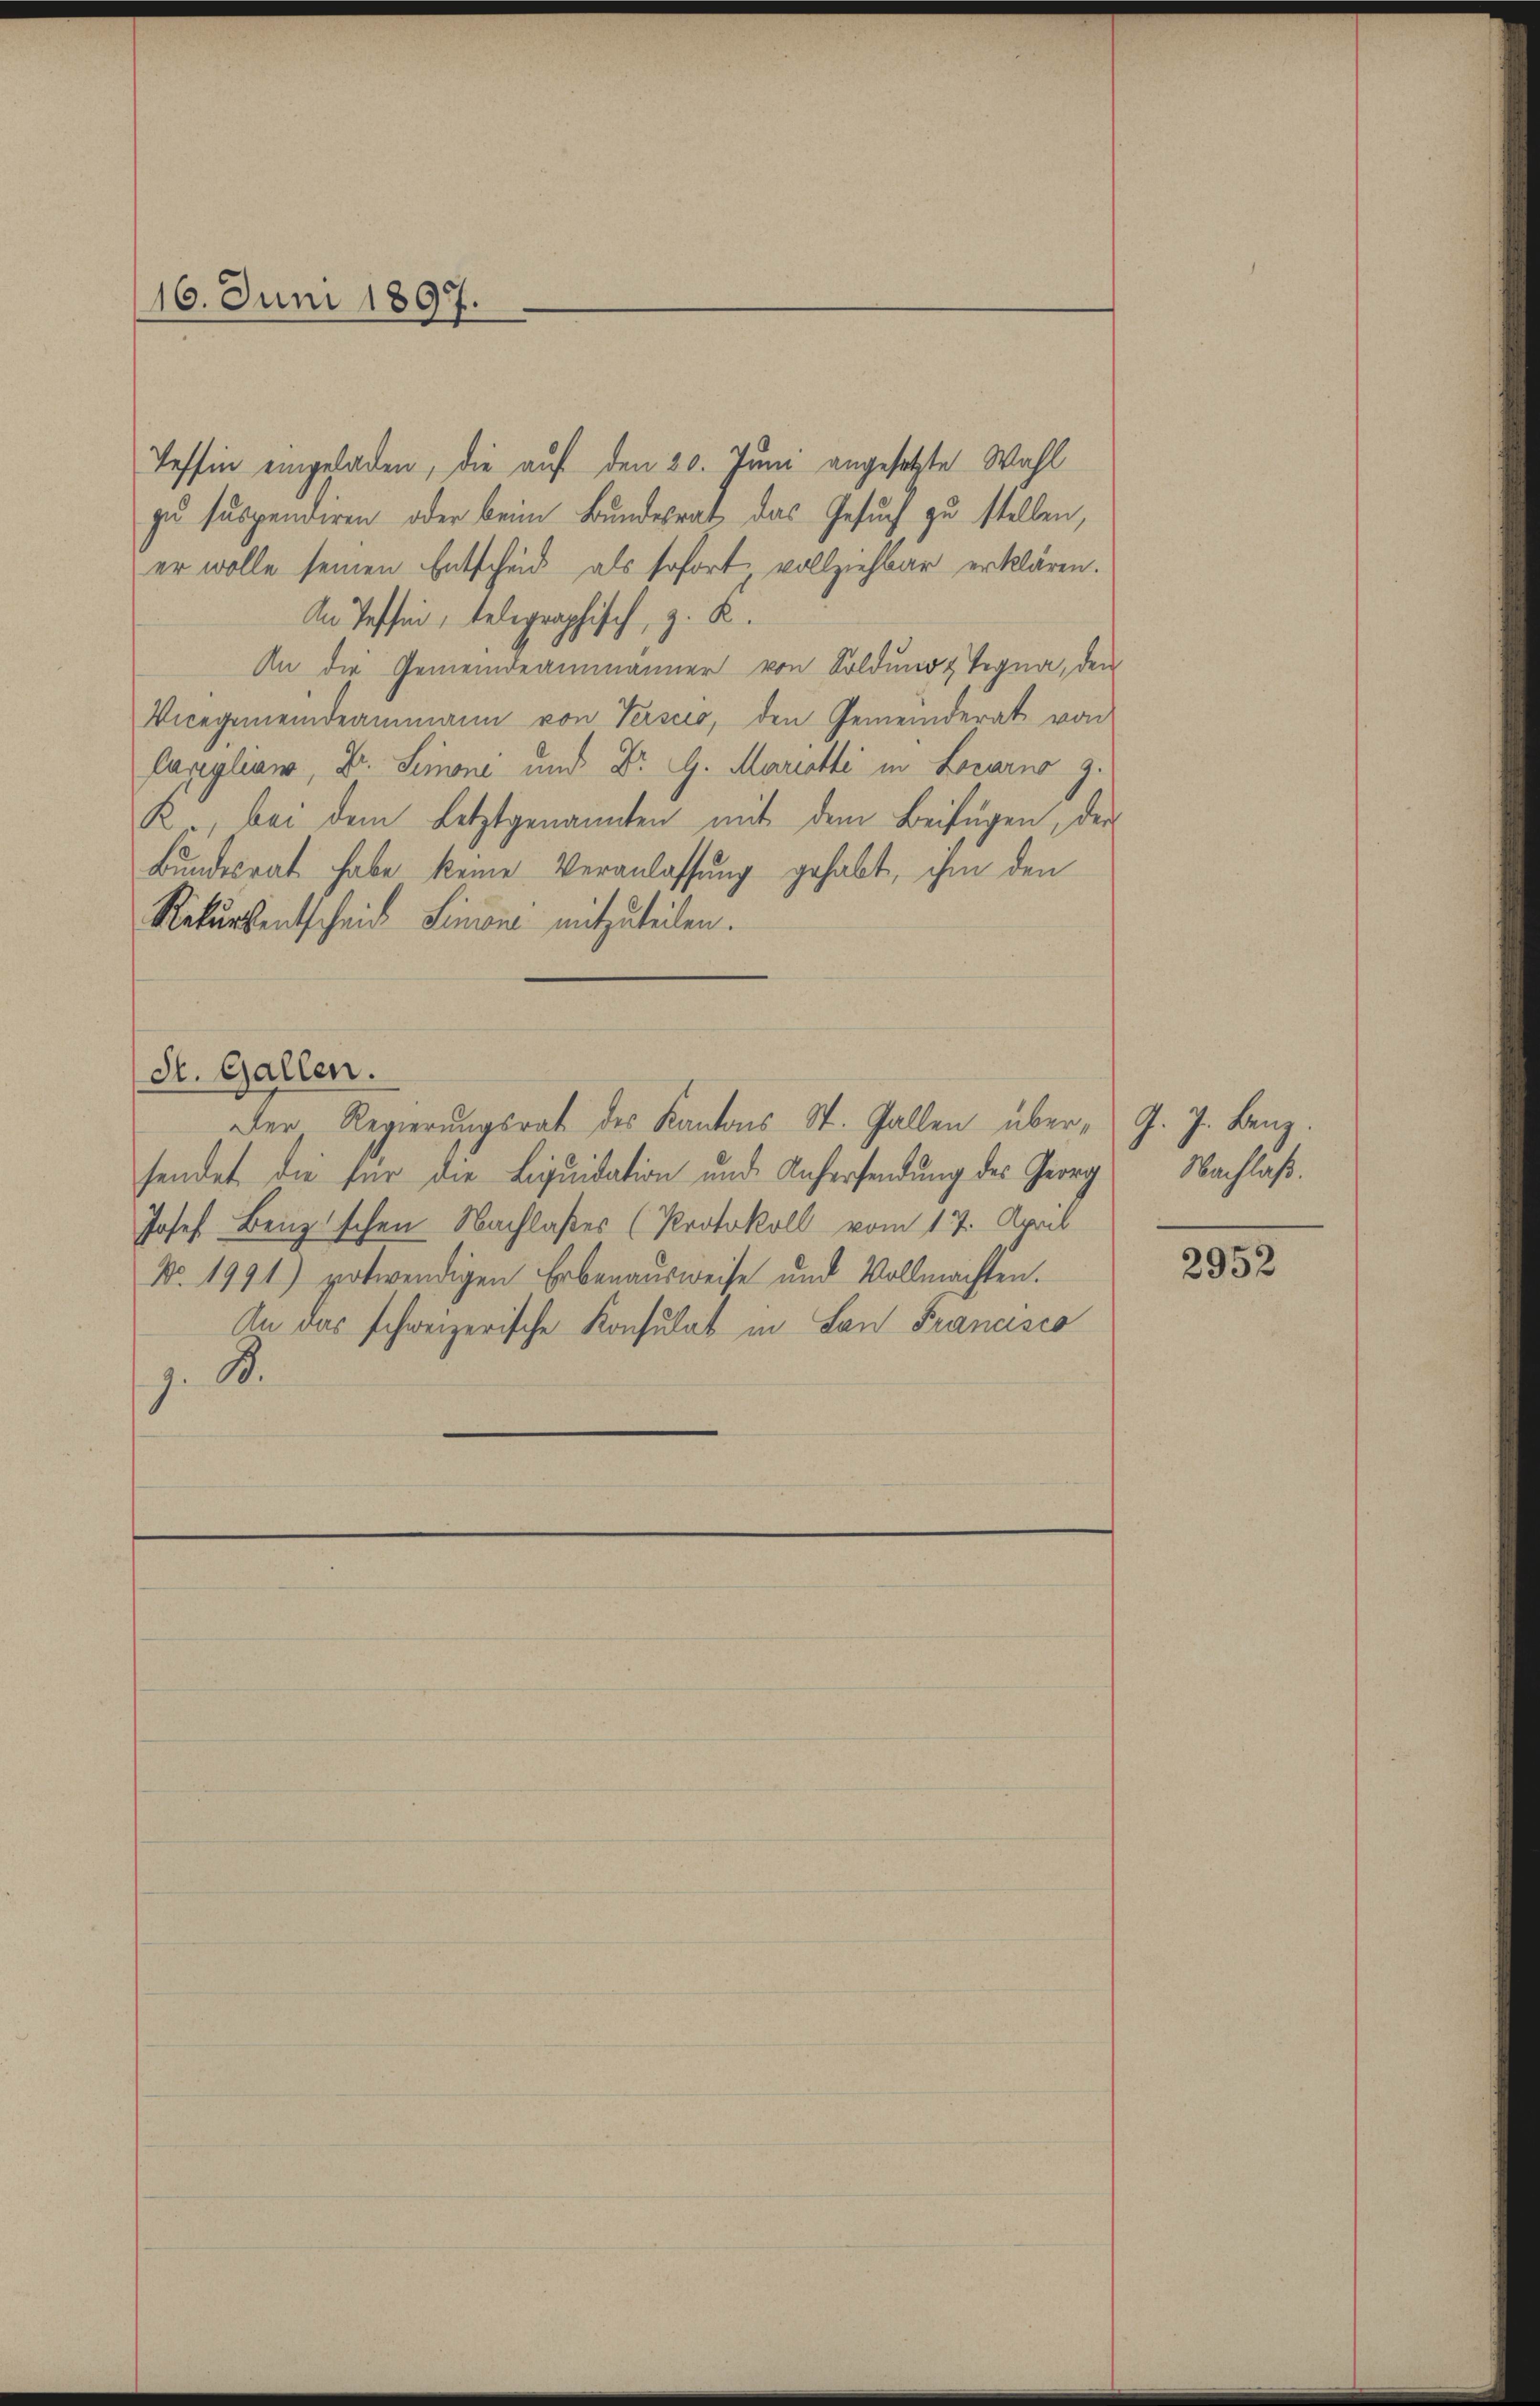
16. Juni 1897.

Tessin eingeladen, die auf den 20. Juni angesetzte Wahl
zu suspendiren oder beim Bundesrat das Gesuch zu stellen,
er wolle seinen Entscheid als sofort vollziehbar erklären.
An Tessin, belegraphisch, z. K.
An die Gemeindeammanner von Soldung & Tegna, den
Vicegemeindeammann von Verscio, den Gemeinderat von
Capplicer, Dr. Simoni und Dr. G. Marietti in Locarno z.
R., bei dem Letztgenannten mit dem Beifügen, der
Bundesrat habe keine Veranlassung gehabt, ihm den
Rekursentscheid Linie mitzuteilen.
St. Gallen.
Der Regierŭngsrat des Kantons St. Gallen über "G. J. Benz.
sendet die für die Liquidation und Anfersendung des Georg Nachlaß.
Josef Benzischen Nachlaßes (Protokoll vom 17. April
No. 1991) potwendigen Erbenausweise und Vollmachten.
An das schweizerische Konsulat in Lan Francisco
j. B.

2952